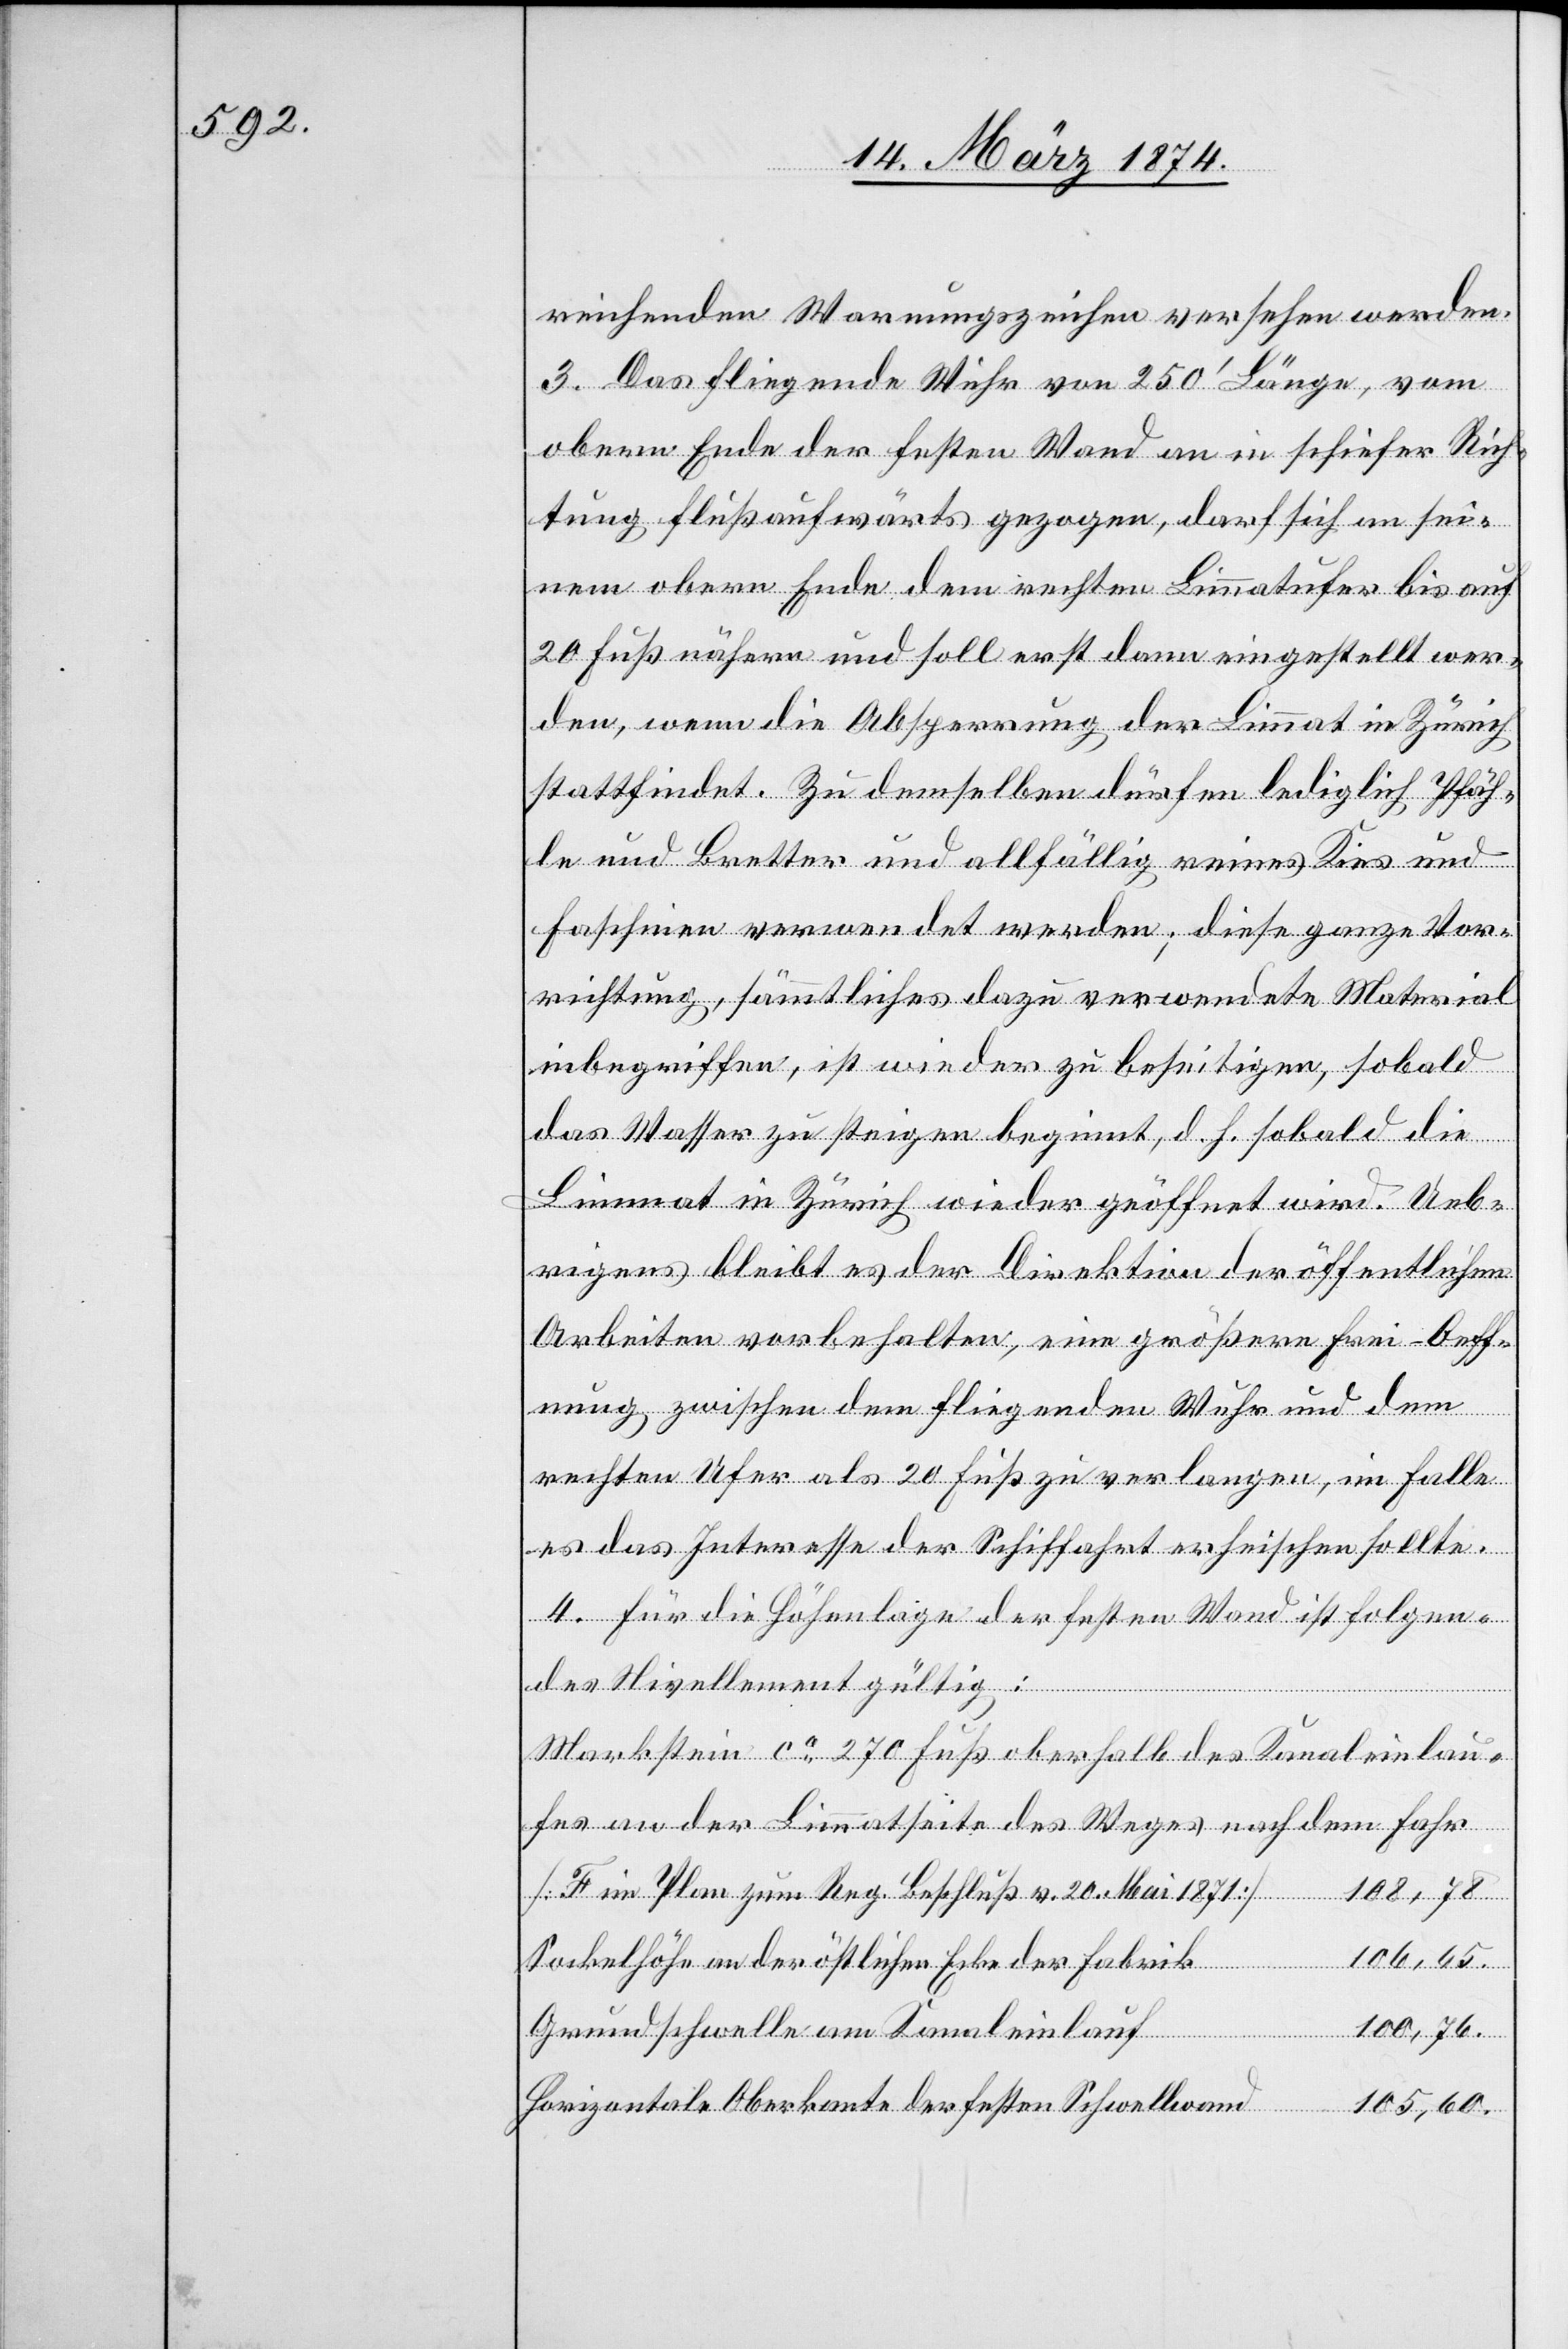
reichenden Warnungszeichen versehen werden.
3. Das fliegende Wuhr von 250‘ Länge, vom
obern Ende der festen Wand an in schiefer Rich¬
tung flußaufwärts gezogen, darf sich an sei¬
nem obern Ende dem rechten Limmatufer bis auf
20 Fuß nähern und soll erst dann eingestellt wer¬
den, wenn die Absperrung der Limmat in Zürich
stattfindet. Zu demselben dürfen lediglich Pfäh¬
le und Bretter und allfällig reines Kies und
Faschinen verwendet werden; diese ganze Vor¬
richtung, sämmtliches dazu verwendete Material
inbegriffen, ist wieder zu beseitigen, sobald
das Wasser zu steigen beginnt, d. h. sobald die
Limmat in Zürich wieder geöffnet wird. Ueb¬
rigens bleibt es der Direktion der öffentlichen
Arbeiten vorbehalten, eine größere Frei-Oeff¬
nung zwischen dem fliegenden Wuhr und dem
rechten Ufer als 20 Fuß zu verlangen, im Falle
es das Interesse der Schiffahrt erheischen sollte.
4. Für die Höhenlage der festen Wand ist folgen¬
des Nivellement gültig:
Markstein ca 270 Fuß oberhalb des Kanaleinlau¬
fes an der Limmatseite des Weges nach dem Fahr
[F im Plan zum Reg. Beschluß v. 20. Mai 1871]	108,78
f		100,76.
Sockelhöhe an der östlichen Ecke der Fabri¬
Grundschwelle am Kanaleinlau¬
Horizontale Oberkante der festen Schwellwand
105,60.